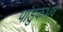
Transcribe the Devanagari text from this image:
पांडुकभय